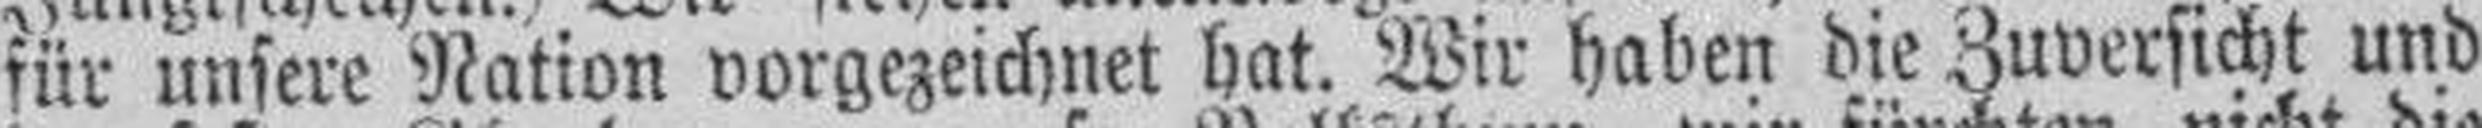
für unsere Nation vorgezeichnet hat. Wir haben die Zuversicht und